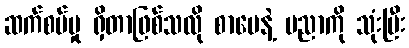
ဆက်စပ်မှု ရှိတာဖြစ်သလို စာပေနဲ့ ပညာကို သုံးပြီး